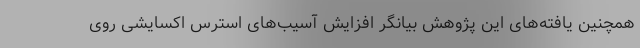
همچنین یافته‌های این پژوهش بیانگر افزایش آسیب‌های استرس اکسایشی روی